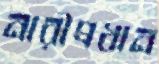
নারীপ্রধান